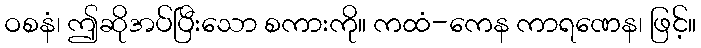
ဝစနံ၊ ဤဆိုအပ်ပြီးသော စကားကို။ ကထံ-ကေန ကာရဏေန၊ ဖြင့်။